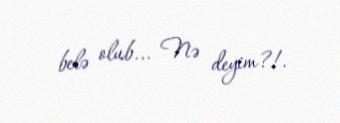
belə olub... Nə deyim?!.